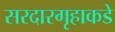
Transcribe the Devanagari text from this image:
सरदारगृहाकडे